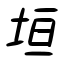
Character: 垣